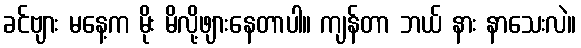
ခင်ဗျား မနေ့က မိုး မိလို့ဖျားနေတာပါ။ ကျန်တာ ဘယ် နား နာသေးလဲ။